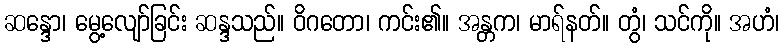
ဆန္ဒော၊ မွေ့လျော်ခြင်း ဆန္ဒသည်။ ဝိဂတော၊ ကင်း၏။ အန္တက၊ မာရ်နတ်။ တွံ၊ သင်ကို။ အဟံ၊